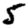
Digit: 5